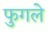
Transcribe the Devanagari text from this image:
फुगले